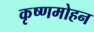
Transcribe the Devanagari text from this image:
कृष्णमोहन